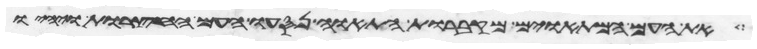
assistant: את העם המתאוים מקברות התאוה נסעו העם החצרות ויהיו